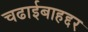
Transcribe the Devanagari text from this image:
चढाईबाहद्दर